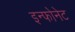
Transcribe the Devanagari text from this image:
इन्फोनेट